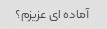
آماده ای عزیزم؟